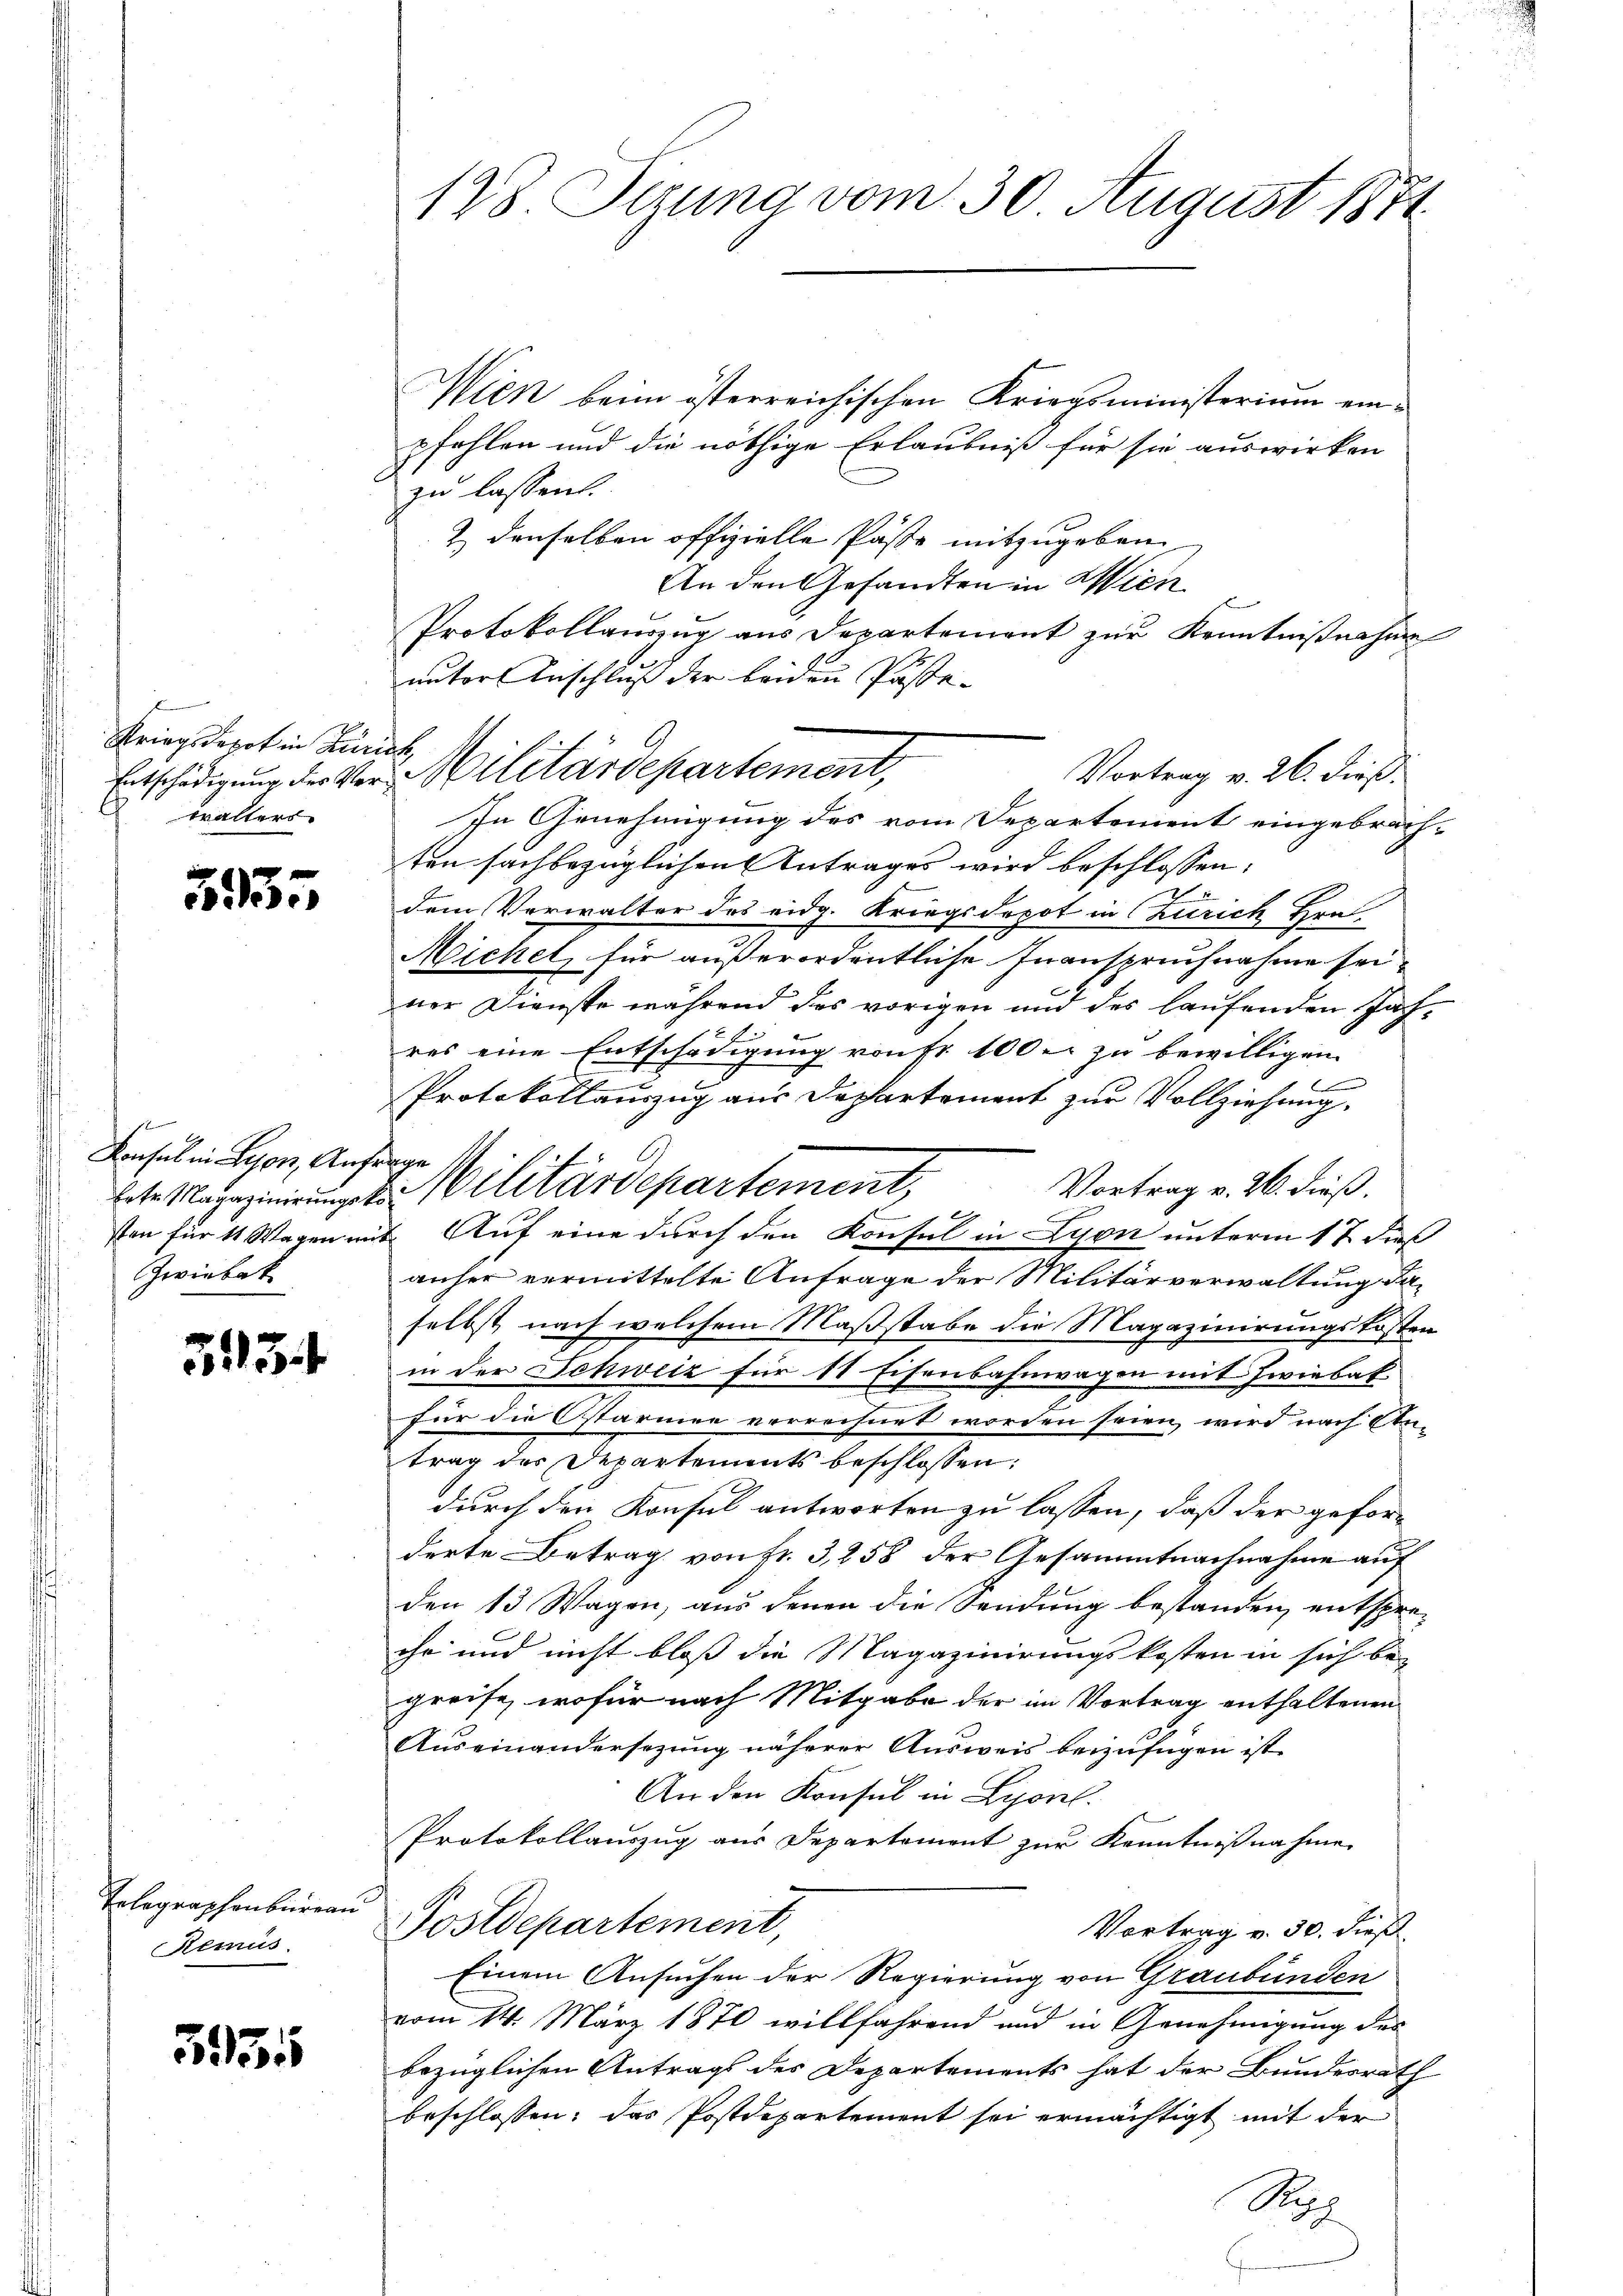
s
Kriegsdepot in Zürich
walters

1
eile

Konsul in Lyon, Anfrage
Zwiebak

5134

Telegraphenbureau
Remus

593.

128. Sezung vom 30. August 1874.

Wien beim österreichischen Kriegsministerium einpfehlen und die nöthige Erlaubniß für sie auswirken
zu lassen.
2 denselben offizielle Paste mitzugeben
An den Gesandten in Wien
Protokollanzug aus Departement zur Kenntnißnahme
unter Anschluß der beiden Passa-
Vortrag v. 26. dieß.
Entschädigung der Ver-Militärdepartement,
In Genehmigung des vom Departement eingebrach-
ten sachbezüglichen Antrages wird beschlossen:
dem Verwalter des eidg. Kriegsdepot in Zürich Hrn
Michel, für außerordentliche Inanspruchnahme sei,
ner Dienste während das vorigen und des laufenden Jahres eine Entschädigung von fr. 100 er zu bewilligen.
Protokollauszug aus Departement zur Vollziehung.
Vortrag v. 26. dieß.
sen für 11 Wagen mit Auf eine durch den Konsul in Lyon unterm 17 dieß
anher vermittelte Anfrage der Militärverwaltung daselbst nach welchem Maßstabe die Magazinirungskosten
in der Schweiz für 18 Eisenbahnwagen mit Zwiebat
für die Starmen verrechnet worden seien, wird nach An-
trag des Departements beschlossen:
durch den Konsul antworten zu lassen, daß der geforderte Betrag von fr. 3, 258 der Gesammtnachnahme auf
den 13 Wagen, aus denen die Sendung bestanden entspreehr und nicht bloß die Magazinirungskosten in sich be-
greife, wofür nach Mitgabe der im Vortrag enthaltenen
Auseinandersezung näherer Ausweis beizufügen ist.
An den Konsul in Liporel.
Protokollauszug aus Departement zur Kenntnißnahme
Postdepartement,
Vortrag v. 30. dieß
Einem Ansuchen der Regierung von Graubünden
vom 14. März 1870 willfahrend und in Genehmigung des
bezüglichen Antrags des Departements hat der Bundesrath
beschlossen: das Postdepartement sei ermächtigt mit der
Rap

lete Magazinirung von Militärdepartement,

2